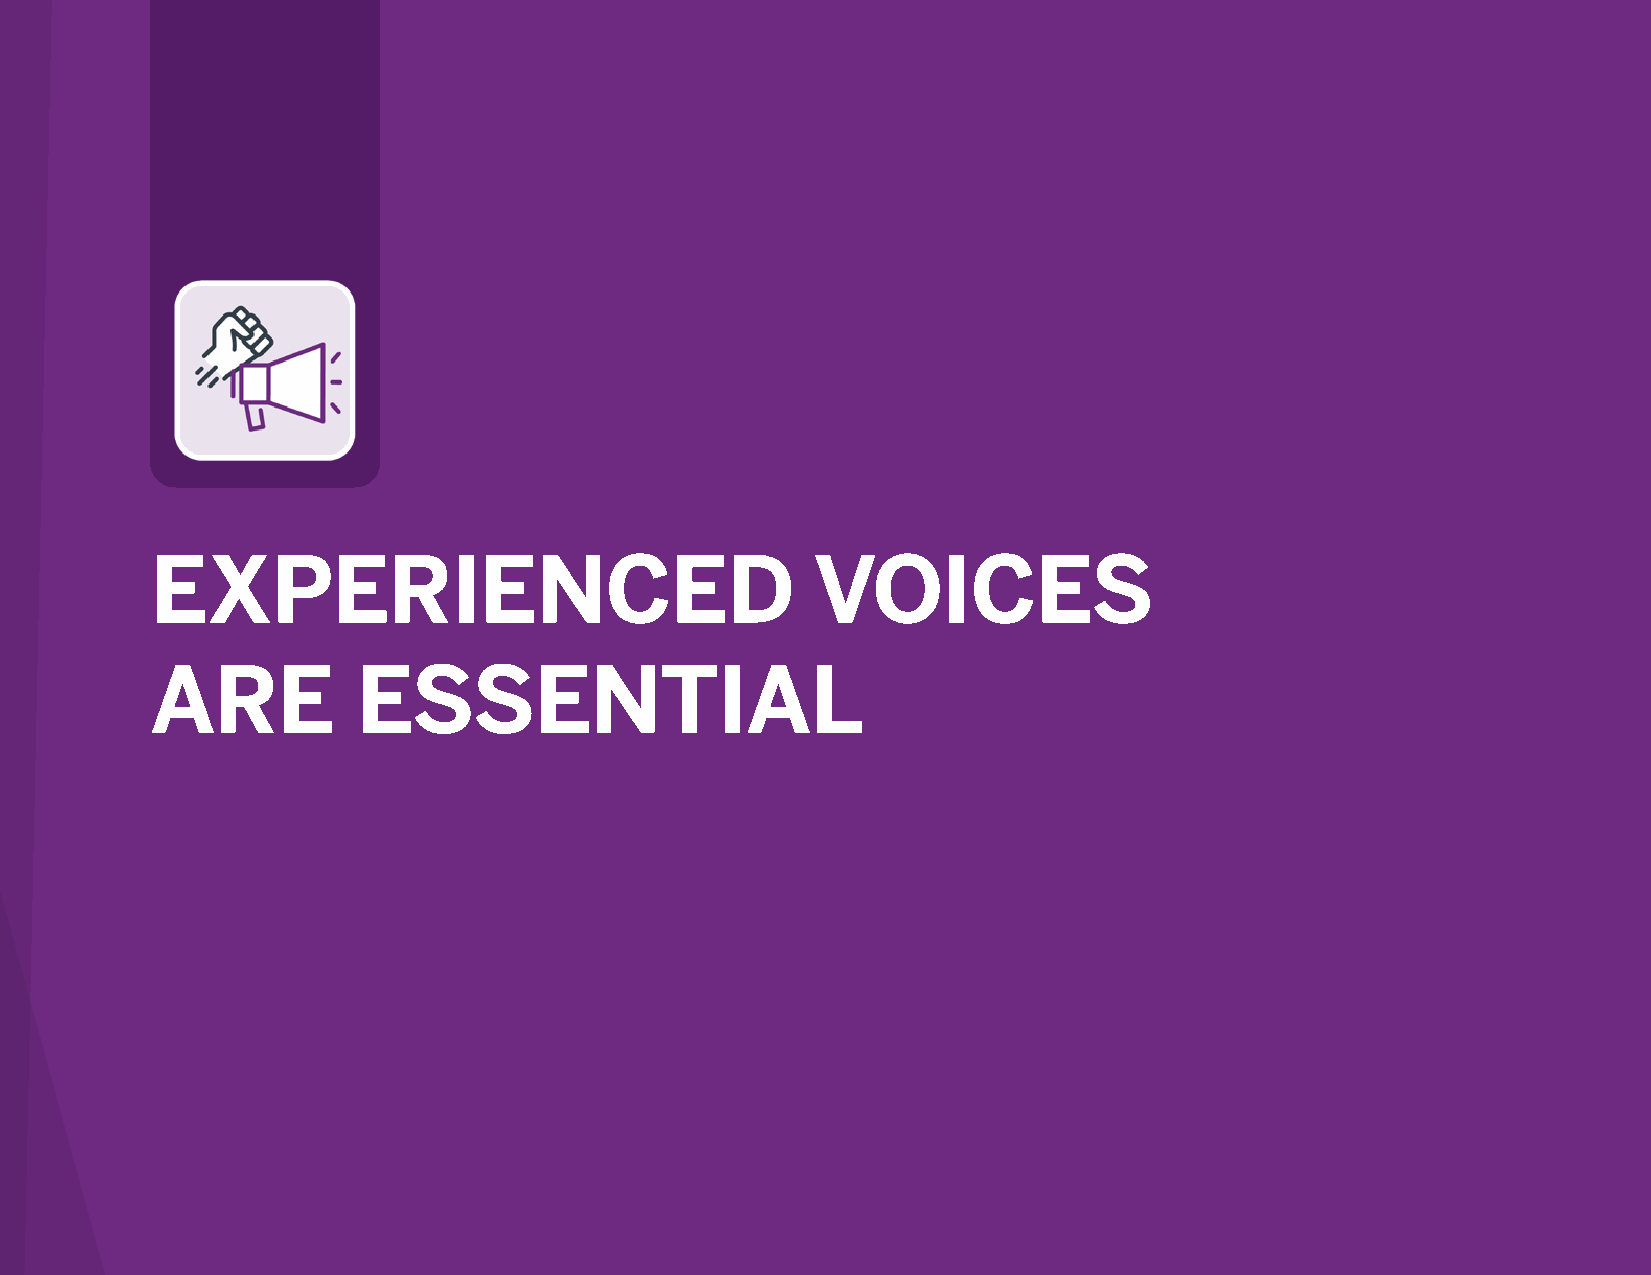
__
 EXPERIENCED                                 VOICES
 ARE           ESSENTIAL